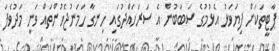
ޕާޓީތަކަށް ފިޔަވަޅު އެޅުމުގެ ސަބަބުން އެ ސަރަހައްދުގައި ހިނގާ ހަމަނުޖެހުންތައް ވަނީ މަދުވެފަ